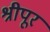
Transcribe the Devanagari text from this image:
श्रीपूर